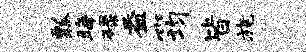
瓢晦碌益筠皆旄